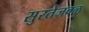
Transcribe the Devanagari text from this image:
सुरतेजवळ